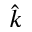
\hat { k }